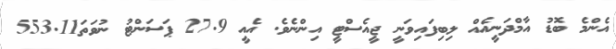
އެންމެ ބޮޑު އާމްދަނީއެއް ލިބިފައިވަނީ ޖީއެސްޓީ އިންނެވެ. އެއީ 27.9 ޕަސަންޓު ނުވަތަ553.11